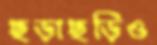
ছড়াছড়িও